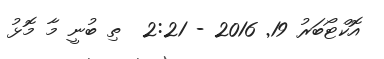
އޮކްޓޯބަރު 19